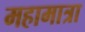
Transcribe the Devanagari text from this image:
महामात्रा